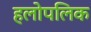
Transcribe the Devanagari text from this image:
हलोपलिक